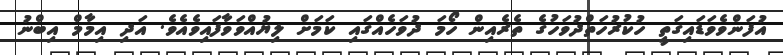
އުފަންވެވަޑައިގަތީ ހުކުރުހަތްދުވަހުގެ ތެރެއިން ހޯމަ ދުވަހެއްގައި ކަމަށް ލިޔުއްވަވާފައިވެއެވެ. އަދި އިމާމް އިބްނު